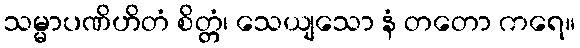
သမ္မာပဏိဟိတံ စိတ္တံ၊ သေယျသော နံ တတော ကရေ။